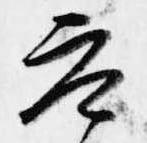
参